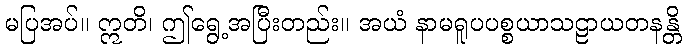
မပြအပ်။ ဣတိ၊ ဤရွေ့အပြီးတည်း။ အယံ နာမရူပပစ္စယာသဠာယတနန္တိ